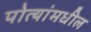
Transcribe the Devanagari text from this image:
पोत्यांमधील